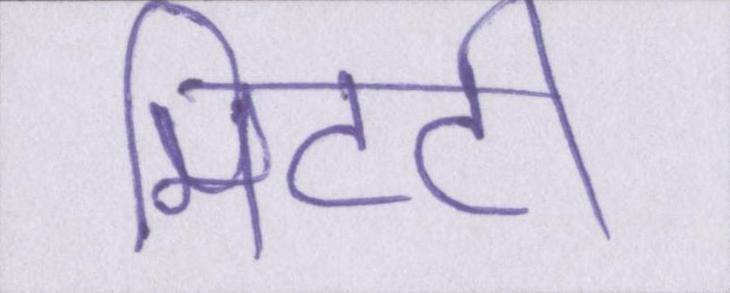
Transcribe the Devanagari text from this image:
मिटटी